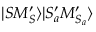
| S M _ { S } ^ { \prime } \rangle | S _ { a } ^ { \prime } M _ { S _ { a } } ^ { \prime } \rangle